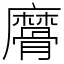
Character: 䯢